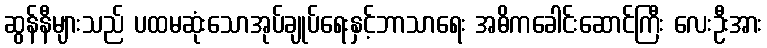
ဆွန်နီများသည် ပထမဆုံးသောအုပ်ချုပ်ရေးနှင့်ဘာသာရေး အဓိကခေါင်းဆောင်ကြီး လေးဦးအား